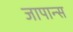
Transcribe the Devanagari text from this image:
जापान्स